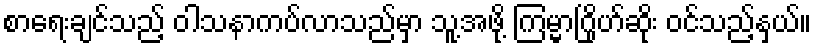
စာရေးချင်သည့် ဝါသနာကပ်လာသည်မှာ သူ့အဖို့ ကြမ္မာဂြိုဟ်ဆိုး ဝင်သည့်နှယ်။